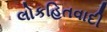
લોકહિતવાદી